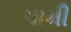
પામી